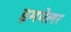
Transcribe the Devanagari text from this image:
इमपेलर